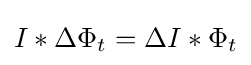
I*\Delta \Phi _{t}=\Delta {I}*\Phi _{t}